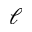
\ell